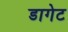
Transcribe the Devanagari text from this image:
डागेट